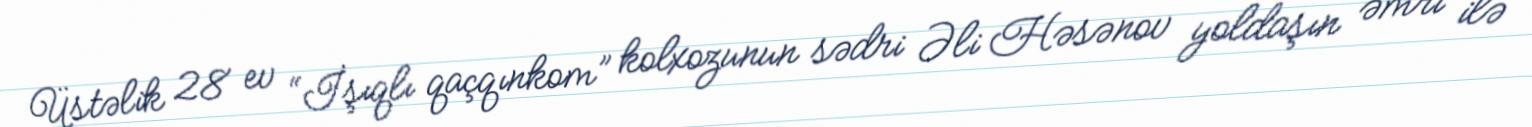
Üstəlik 28 ev “İşıqlı qaçqınkom” kolxozunun sədri Əli Həsənov yoldaşın əmri ilə